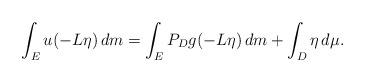
LaTeX: \begin{align*}\int_Eu(-L\eta)\,dm=\int_EP_Dg(-L\eta)\,dm+\int_D\eta\,d\mu.\end{align*}